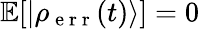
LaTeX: \mathbb{E}[|\rho_{\mathrm{~e~r~r~}}(t)\rangle]=0